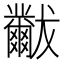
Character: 𬋾